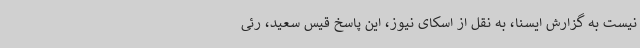
نیست به گزارش ایسنا، به نقل از اسکای نیوز، این پاسخ قیس سعید، رئی